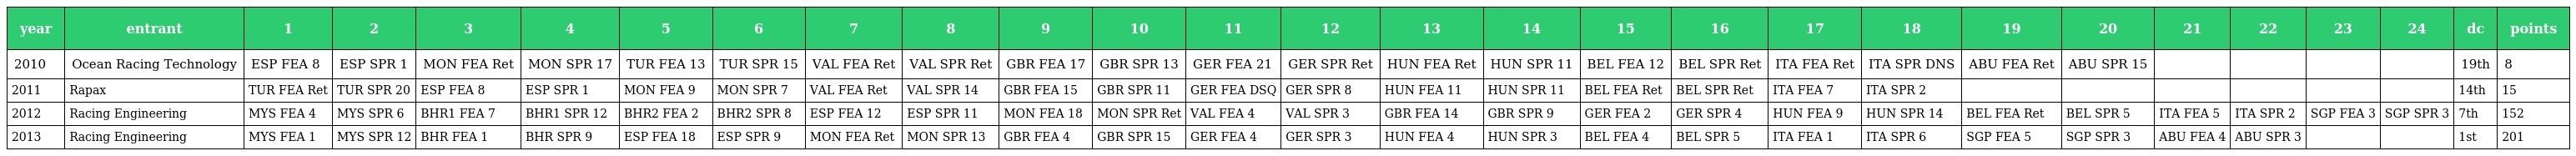
| year | entrant | 1 | 2 | 3 | 4 | 5 | 6 | 7 | 8 | 9 | 10 | 11 | 12 | 13 | 14 | 15 | 16 | 17 | 18 | 19 | 20 | 21 | 22 | 23 | 24 | dc | points |
 | --- | --- | --- | --- | --- | --- | --- | --- | --- | --- | --- | --- | --- | --- | --- | --- | --- | --- | --- | --- | --- | --- | --- | --- | --- | --- | --- | --- |
 | 2010 | Ocean Racing Technology | ESP FEA 8 | ESP SPR 1 | MON FEA Ret | MON SPR 17 | TUR FEA 13 | TUR SPR 15 | VAL FEA Ret | VAL SPR Ret | GBR FEA 17 | GBR SPR 13 | GER FEA 21 | GER SPR Ret | HUN FEA Ret | HUN SPR 11 | BEL FEA 12 | BEL SPR Ret | ITA FEA Ret | ITA SPR DNS | ABU FEA Ret | ABU SPR 15 |  |  |  |  | 19th | 8 |
 | 2011 | Rapax | TUR FEA Ret | TUR SPR 20 | ESP FEA 8 | ESP SPR 1 | MON FEA 9 | MON SPR 7 | VAL FEA Ret | VAL SPR 14 | GBR FEA 15 | GBR SPR 11 | GER FEA DSQ | GER SPR 8 | HUN FEA 11 | HUN SPR 11 | BEL FEA Ret | BEL SPR Ret | ITA FEA 7 | ITA SPR 2 |  |  |  |  |  |  | 14th | 15 |
 | 2012 | Racing Engineering | MYS FEA 4 | MYS SPR 6 | BHR1 FEA 7 | BHR1 SPR 12 | BHR2 FEA 2 | BHR2 SPR 8 | ESP FEA 12 | ESP SPR 11 | MON FEA 18 | MON SPR Ret | VAL FEA 4 | VAL SPR 3 | GBR FEA 14 | GBR SPR 9 | GER FEA 2 | GER SPR 4 | HUN FEA 9 | HUN SPR 14 | BEL FEA Ret | BEL SPR 5 | ITA FEA 5 | ITA SPR 2 | SGP FEA 3 | SGP SPR 3 | 7th | 152 |
 | 2013 | Racing Engineering | MYS FEA 1 | MYS SPR 12 | BHR FEA 1 | BHR SPR 9 | ESP FEA 18 | ESP SPR 9 | MON FEA Ret | MON SPR 13 | GBR FEA 4 | GBR SPR 15 | GER FEA 4 | GER SPR 3 | HUN FEA 4 | HUN SPR 3 | BEL FEA 4 | BEL SPR 5 | ITA FEA 1 | ITA SPR 6 | SGP FEA 5 | SGP SPR 3 | ABU FEA 4 | ABU SPR 3 |  |  | 1st | 201 |